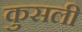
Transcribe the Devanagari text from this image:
कुसली